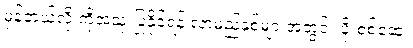
မှန်တယ်လို့ ကိုအသုံးပြုနိုင်ရန် လာမည့်နှစ်များအတွင်း ပိုးစစ်ဆေး